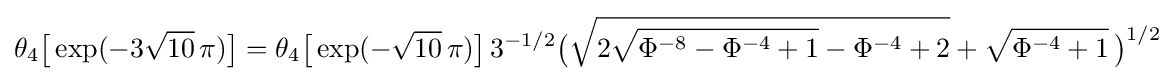
\theta _{4}{\bigl [}\exp(-3{\sqrt {10}}\,\pi ){\bigr ]}=\theta _{4}{\bigl [}\exp(-{\sqrt {10}}\,\pi ){\bigr ]}\,3^{-1/2}{\bigl (}{\sqrt {2{\sqrt {\Phi ^{-8}-\Phi ^{-4}+1}}-\Phi ^{-4}+2}}+{\sqrt {\Phi ^{-4}+1}}\,{\bigr )}^{1/2}